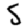
Digit: 5